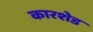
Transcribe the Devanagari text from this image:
कारशेड